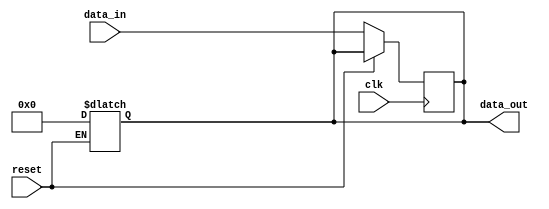
module async_reset_example (
    input wire clk,         // Clock signal
    input wire reset,       // Asynchronous Reset signal
    input wire [7:0] data_in, // Example data input
    output reg [7:0] data_out // Example data output
);

// Asynchronous reset behavior
always @* begin
    if (reset) begin
        data_out = 8'b0; // Set output to a predefined reset state (e.g., zero)
    end
end

// On clock edge behavior
always @(posedge clk) begin
    if (!reset) begin
        // Normal operation: update output based on input when not in reset state
        data_out <= data_in; // Pass data_in to data_out
    end
end

endmodule